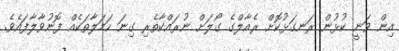
އިން ވަނީ ކުޅުން ރަނގަޅުކޮށް ރެއާލްގެ ގޯލަށް ނުރައްކާތެރި ގިނަ ހަމަލާތަކެއް ފޮނުވާލާފައެވެ.